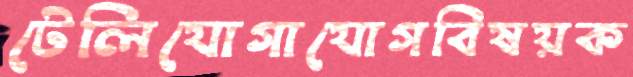
টেলিযোগাযোগবিষয়ক